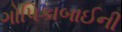
ગોપિકાબાઈની